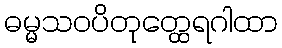
ဓမ္မသဝပိတုတ္ထေရဂါထာ